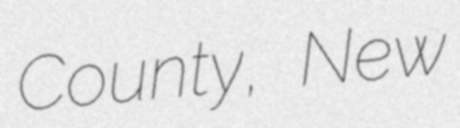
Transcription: County, New